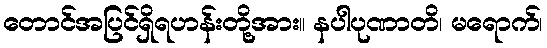
တောင်အပြင်ရှိရဟန်းတို့အား။ နပါပုဏာတိ၊ မရောက်၊